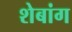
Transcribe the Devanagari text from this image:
शेबांग